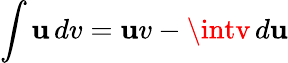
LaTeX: \int\mathbf{u}\, dv=\mathbf{u}v-\intv\, d\mathbf{u}